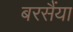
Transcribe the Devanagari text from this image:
बरसैंया